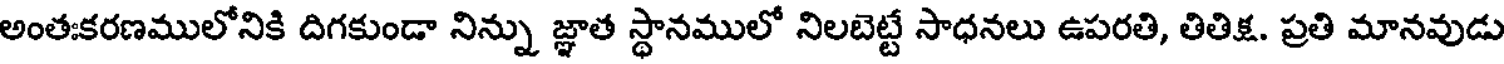
అంతఃకరణములోనికి దిగకుండా నిన్ను జ్ఞాత స్థానములో నిలబెట్టే సాధనలు ఉపరతి, తితిక్ష. ప్రతి మానవుడు